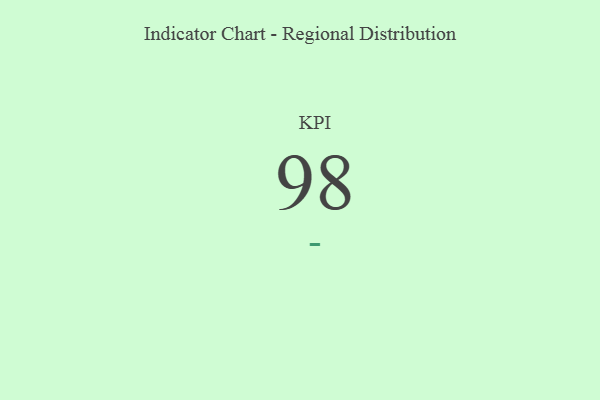
{"axis": {"x": "KPI", "y": "Value"}, "legend": [""], "data": [{"x": "KPI", "y": 98, "type": ""}]}